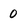
Character: 0